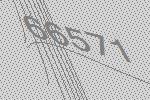
66571